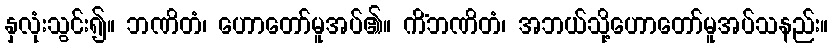
နှလုံးသွင်း၍။ ဘဏိတံ၊ ဟောတော်မူအပ်၏။ ကိံဘဏိတံ၊ အဘယ်သို့ဟောတော်မူအပ်သနည်း။